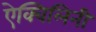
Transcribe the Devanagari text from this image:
ऐक्विलिनी